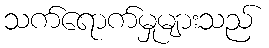
သက်ရောက်မှုများသည်